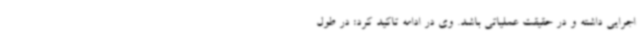
اجرایی داشته و در حقیقت عملیاتی باشد. وی در ادامه تاکید کرد: در طول